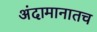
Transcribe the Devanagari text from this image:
अंदामानातच